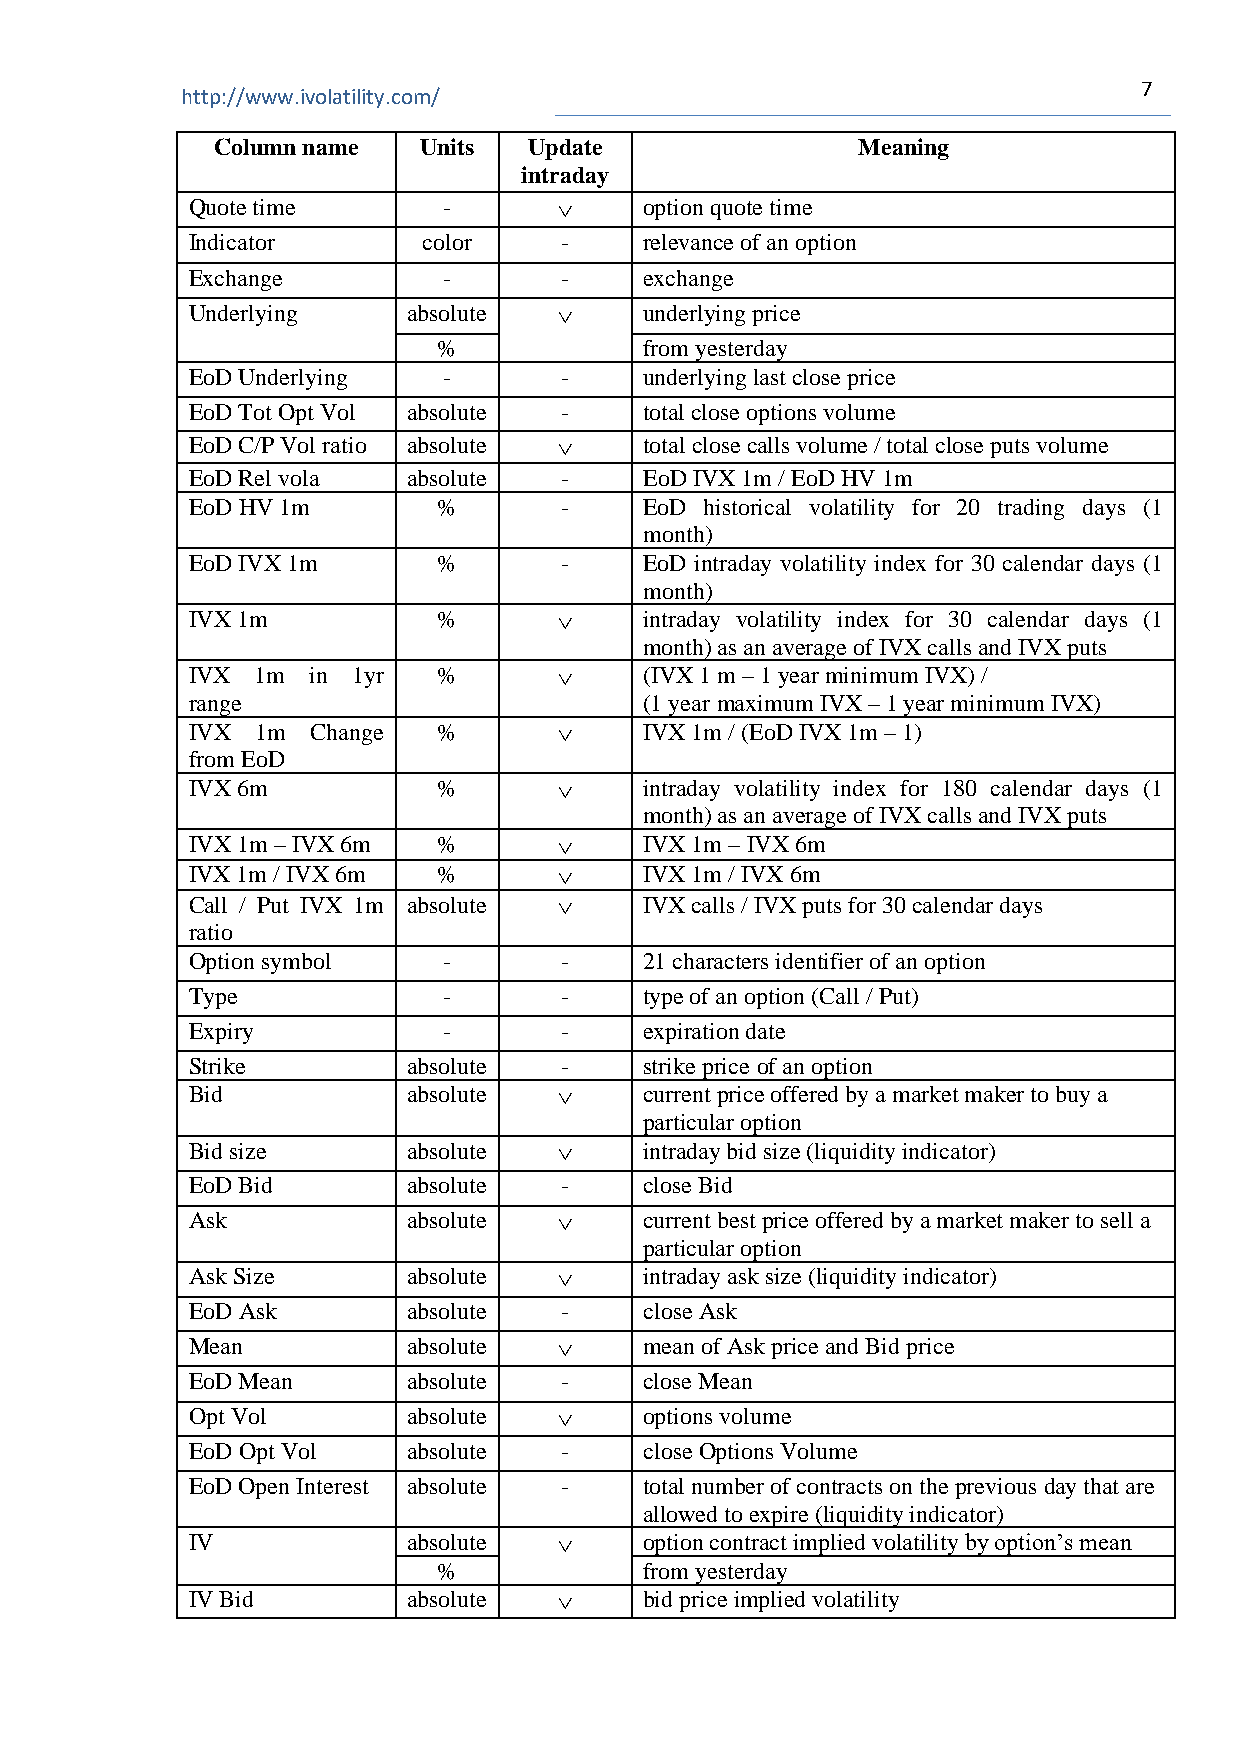
7
 http://www.ivolatility.com/
 Column name   Units  Update                Meaning
 intraday
 Quote time       -            option quote time
 Indicator       color    -     relevance of an option
 Exchange         -       -     exchange
 Underlying     absolute       underlying price
 %             from yesterday
 EoD Underlying   -       -     underlying last close price
 EoD Tot Opt Vol absolute -     total close options volume
 EoD C/P Vol ratio absolute    total close calls volume / total close puts volume
 EoD Rel vola   absolute  -     EoD IVX 1m / EoD HV 1m
 EoD HV 1m        %       -     EoD historical volatility for 20 trading days (1
 month)
 EoD IVX 1m       %       -     EoD intraday volatility index for 30 calendar days (1
 month)
 IVX 1m           %            intraday volatility index for 30 calendar days (1
 month) as an average of IVX calls and IVX puts
 IVX  1m in 1yr   %            (IVX 1 m – 1 year minimum IVX) /
 range                          (1 year maximum IVX – 1 year minimum IVX)
 IVX  1m  Change  %            IVX 1m / (EoD IVX 1m – 1)
 from EoD
 IVX 6m           %            intraday volatility index for 180 calendar days (1
 month) as an average of IVX calls and IVX puts
 IVX 1m – IVX 6m  %            IVX 1m – IVX 6m
 IVX 1m / IVX 6m  %            IVX 1m / IVX 6m
 Call / Put IVX 1m absolute    IVX calls / IVX puts for 30 calendar days
 ratio
 Option symbol    -       -     21 characters identifier of an option
 Type             -       -     type of an option (Call / Put)
 Expiry           -       -     expiration date
 Strike         absolute  -     strike price of an option
 Bid            absolute       current price offered by a market maker to buy a
 particular option
 Bid size       absolute       intraday bid size (liquidity indicator)
 EoD Bid        absolute  -     close Bid
 Ask            absolute       current best price offered by a market maker to sell a
 particular option
 Ask Size       absolute       intraday ask size (liquidity indicator)
 EoD Ask        absolute  -     close Ask
 Mean           absolute       mean of Ask price and Bid price
 EoD Mean       absolute  -     close Mean
 Opt Vol        absolute       options volume
 EoD Opt Vol    absolute  -     close Options Volume
 EoD Open Interest absolute -   total number of contracts on the previous day that are
 allowed to expire (liquidity indicator)
 IV             absolute       option contract implied volatility by option’s mean
 %             from yesterday
 IV Bid         absolute       bid price implied volatility